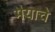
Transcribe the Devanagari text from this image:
मैयाचे